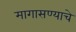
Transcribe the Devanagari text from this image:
मागासण्याचे